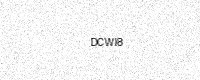
Text: DCWI8